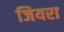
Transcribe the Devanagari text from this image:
जियरा